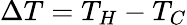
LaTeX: \Delta T=T_{H}-T_{C}